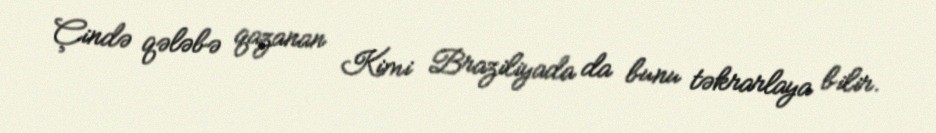
Çində qələbə qazanan Kimi Braziliyada da bunu təkrarlaya bilir.